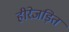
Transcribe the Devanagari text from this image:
हीरेजड़ित